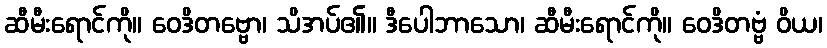
ဆီမီးရောင်ကို။ ဝေဒိတဗ္ဗော၊ သိအပ်၏။ ဒီပေါဘာသော၊ ဆီမီးရောင်ကို။ ဝေဒိတဗ္ဗံ ဝိယ၊